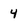
Character: 4